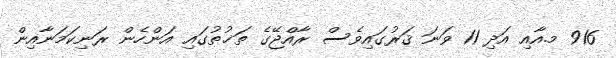
916 މ.އާއި އަދި 11 ވަނަ ޤަރުގައިވެސް ރާއްޖޭގެ ތަޚުތުގައި އަންހެން ރަނިކަމަނާއިން